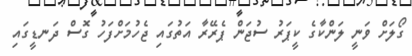
ގޯލަށް ވަނީ ލަންކާގެ ކީޕަރު ސުޖަން ޕެރޭރާ އަތުގައި ޖެހުމަށްފަހު ގޮސް ދަނޑީގައި